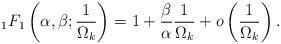
LaTeX: \begin{align*}{}_1{F_1}\left( {\alpha ,\beta ;\frac{1}{{{\Omega _k}}}} \right) = 1 + \frac{\beta }{\alpha }\frac{1}{{{\Omega _k}}} + o\left( {\frac{1}{{{\Omega _k}}}} \right).\end{align*}